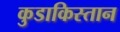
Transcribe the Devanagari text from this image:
कुडाकिस्तान